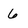
Character: 6